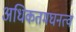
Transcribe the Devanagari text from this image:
अधिकतमघनत्व